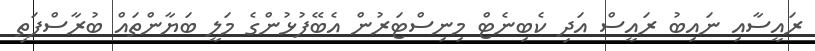
ރައީސާއި ނައިބު ރައީސް އަދި ކެބިނެޓް މިނިސްޓަރުން އެބޭފުޅުންގެ މަލީ ބަޔާންތައް ބުރާސްފަތި